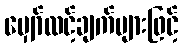
မျှော်လင့်ချက်များဖြင့်